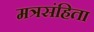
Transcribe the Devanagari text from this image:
मत्रसंहिता